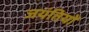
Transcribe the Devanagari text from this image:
जयंतियों